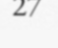
27